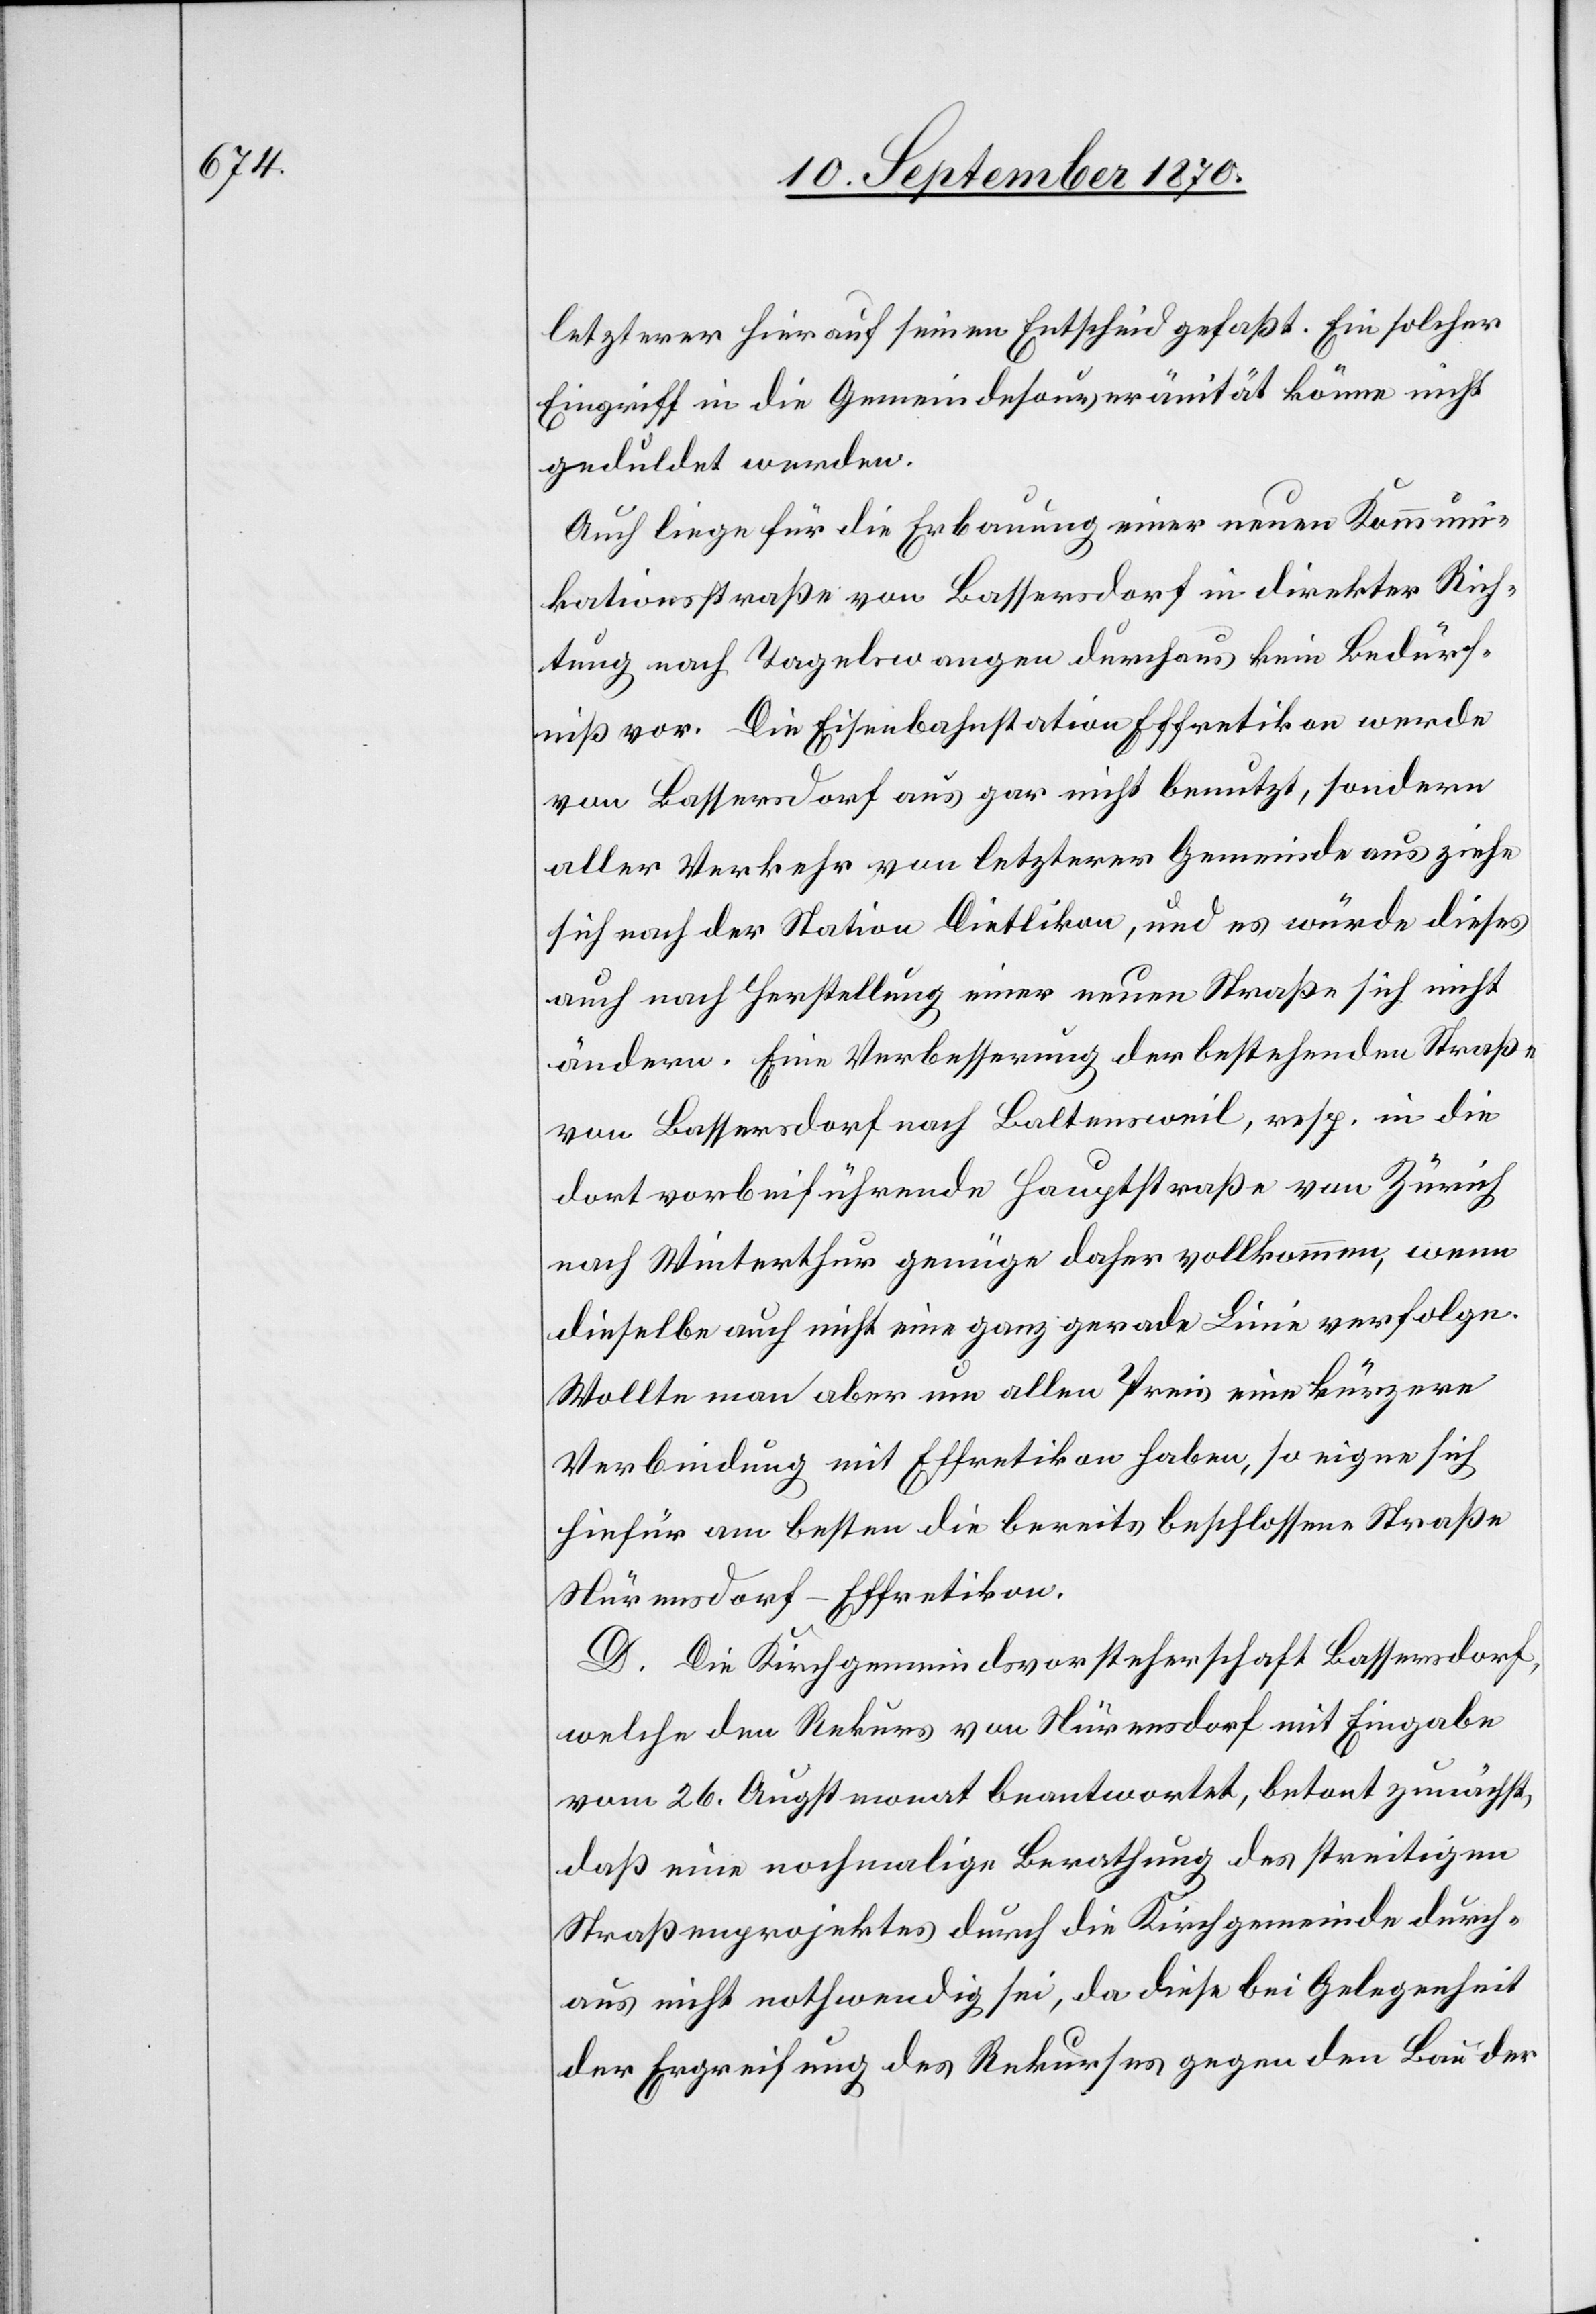
letzterer hierauf seinen Entscheid gefaßt. Ein solcher
Eingriff in die Gemeindesouveränität könne nicht
geduldet werden.
Auch liege für die Erbauung einer neuen Kommuni¬
kationsstraße von Bassersdorf in direkter Rich¬
tung nach Tagelswangen durchaus kein Bedürf¬
niß vor. Die Eisenbahnstation Effretikon werde
von Bassersdorf aus gar nicht benutzt, sondern
aller Verkehr von letzterer Gemeinde aus ziehe
sich nach der Station Dietlikon, und es würde dieses
auch nach Herstellung einer neuen Straße sich nicht
ändern. Eine Verbesserung der bestehenden Straßen
von Bassersdorf nach Baltensweil, resp. in die
dort vorbeiführende Hauptstraße von Zürich
nach Winterthur genüge daher vollkommen, wenn
dieselbe auch nicht eine ganz gerade Linie verfolge.
Wollte man aber um allen Preis eine kürzere
Verbindung mit Effretikon haben, so eigne sich
hiefür am besten die bereits beschlossene Straße
Nürensdorf–Effretikon.
D. Die Kirchgemeindsvorsteherschaft Bassersdorf,
welche den Rekurs von Nürensdorf mit Eingabe
vom 26. Augstmonat beantwortet, betont zunächst,
daß eine nochmalige Berathung des streitigen
Straßenprojektes durch die Kirchgemeinde durch¬
aus nicht nothwendig sei, da diese bei Gelegenheit
der Ergreifung des Rekurses gegen den Bau der